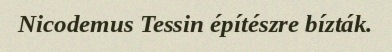
Nicodemus Tessin építészre bízták.